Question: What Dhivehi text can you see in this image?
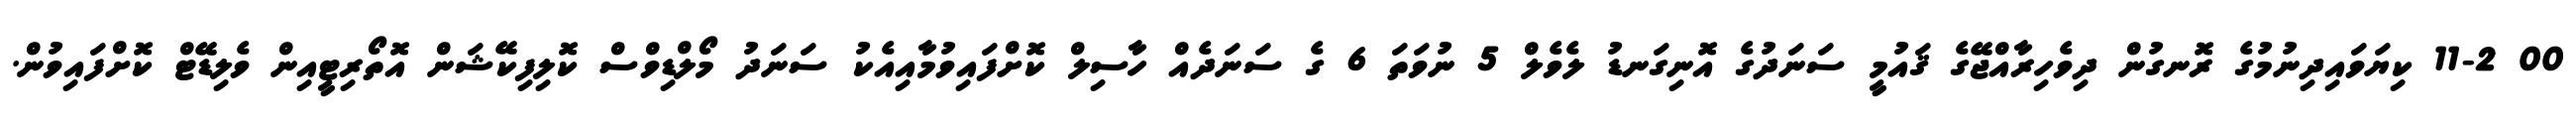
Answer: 00 11-2 ކިޔަވައިދިނުމުގެ ރޮނގުން ދިވެހިރާއްޖޭގެ ޤައުމީ ސަނަދުގެ އޮނިގަނޑު ލެވެލް 5 ނުވަތަ 6 ގެ ސަނަދެއް ހާސިލް ކޮށްފައިވުމާއިއެކު ސަނަދު މޯލްޑިވްސް ކޮލިފިކޭޝަން އޮތޯރިޓީއިން ވެލިޑޭޓް ކޮށްފައިވުން.